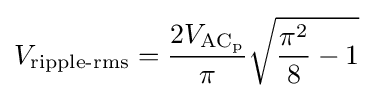
V_{\text{ripple-rms}}={\frac {2V_{\mathrm {AC_{p}} }}{\pi }}{\sqrt {{\frac {\pi ^{2}}{8}}-1}}